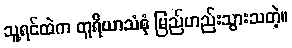
သူ့ရင်ထဲက တူရိယာသံစုံ မြည်ဟည်းသွားသတဲ့။